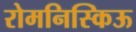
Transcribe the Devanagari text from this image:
रोमनिस्किऊ